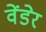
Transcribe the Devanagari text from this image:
वेंडेर